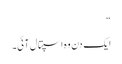
“
ایک دن وہ اسپتال آئی۔